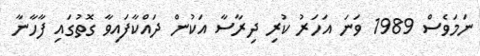
ނަމަވެސް 1989 ވަނަ އަހަރު ކުރި ދިރާސާ އަކުން ދައްކާފައިވާ ގޮތުގައި ފާހާނާ